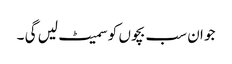
جو ان سب بچوں کو سمیٹ لیں گی ۔